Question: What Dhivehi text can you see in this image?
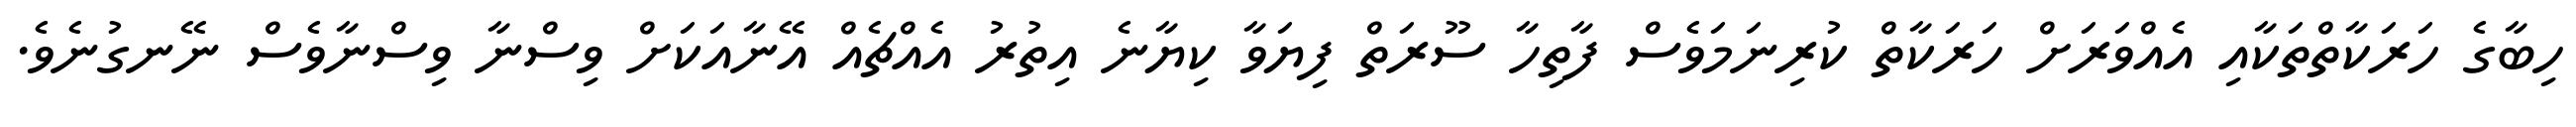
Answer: ހިބާގެ ހަރަކާތްތަކާއި އެއްވަރަށް ހަރަކާތް ކުރިނަމަވެސް ފާތިހާ ސޫރަތް ފިޔަވާ ކިޔާނެ އިތުރު އެއްޗެއް އޭނާއަކަށް ވިސްނާ ވިސްނާވެސް ނޭނގުނެވެ.